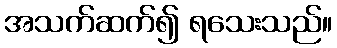
အသက်ဆက်၍ ရသေးသည်။